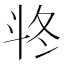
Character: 𣁲